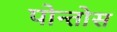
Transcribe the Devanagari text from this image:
पोन्तोस